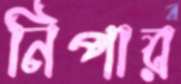
নিপার